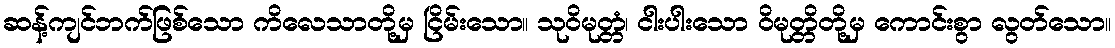
ဆန့်ကျင်ဘက်ဖြစ်သော ကိလေသာတို့မှ ငြိမ်းသော။ သုဝိမုတ္တံ၊ ငါးပါးသော ဝိမုတ္တိတို့မှ ကောင်းစွာ လွတ်သော။